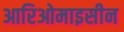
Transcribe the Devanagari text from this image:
आरिओमाइसीन